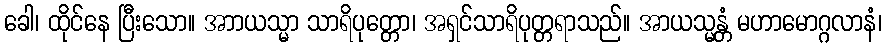
ခေါ၊ ထိုင်နေ ပြီးသော။ အာာယသ္မာ သာရိပုတ္တော၊ အရှင်သာရိပုတ္တရာသည်။ အာယသ္မန္တံ မဟာမောဂ္ဂလာနံ၊